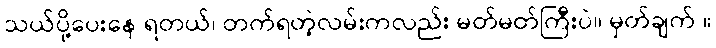
သယ်ပို့ပေးနေ ရတယ်၊ တက်ရတဲ့လမ်းကလည်း မတ်မတ်ကြီးပဲ။ မှတ်ချက် ။